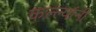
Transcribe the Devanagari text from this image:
कल्ल्यांनी